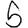
Digit: 5